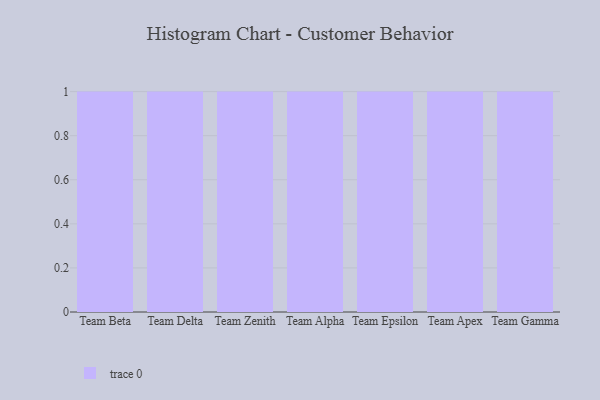
{"axis": {"x": "Team", "y": "Market Share (%)"}, "legend": [""], "data": [{"x": "Team Beta", "y": 95, "type": ""}, {"x": "Team Delta", "y": 10, "type": ""}, {"x": "Team Zenith", "y": 46, "type": ""}, {"x": "Team Alpha", "y": 41, "type": ""}, {"x": "Team Epsilon", "y": 22, "type": ""}, {"x": "Team Apex", "y": 89, "type": ""}, {"x": "Team Gamma", "y": 21, "type": ""}]}